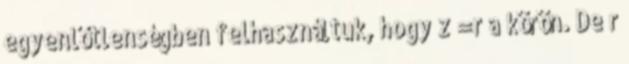
egyenlőtlenségben felhasználtuk, hogy z =r a körön. De r